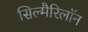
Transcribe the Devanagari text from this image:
सिल्मैरिलॉन